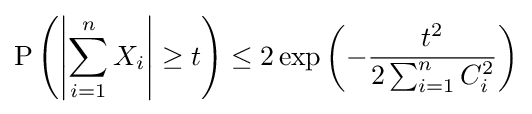
\mathrm {P} \left(\left|\sum _{i=1}^{n}X_{i}\right|\geq t\right)\leq 2\exp \left(-{\frac {t^{2}}{2\sum _{i=1}^{n}C_{i}^{2}}}\right)